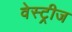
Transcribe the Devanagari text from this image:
वेस्ट्रीज